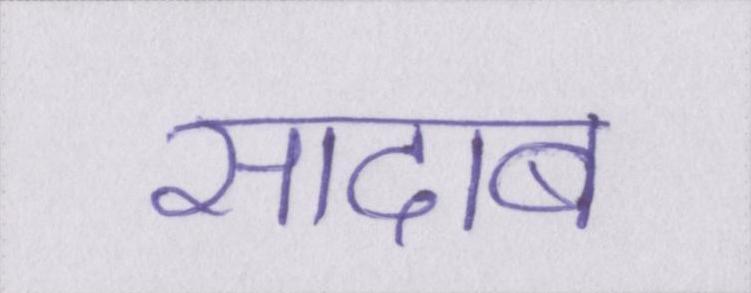
सादाब